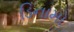
ડિનામો